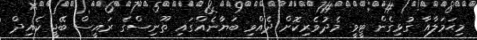
މިޙަމަލާއާ ގުޅިގެން ޓީވީ މެދުވެރިކޮށް ދެއްވި ބަޔާނެއްގައި ތޫނިސްގެ ރައީސް ބޭޖީ ކެއިދް